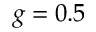
g = 0 . 5